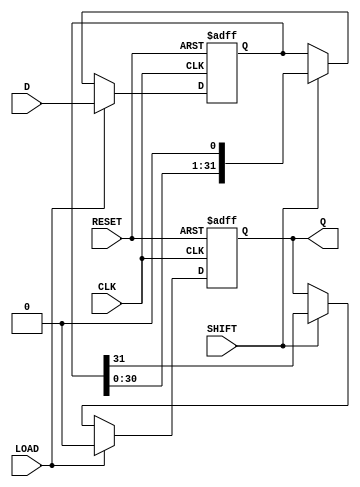
module PISO_Register (
    input wire [31:0] D,      // 32-bit data input
    input wire LOAD,          // Load control signal
    input wire SHIFT,         // Shift control signal
    input wire CLK,           // Clock signal
    input wire RESET,         // Asynchronous reset signal
    output reg Q              // Serial output
);

    reg [31:0] shift_reg;     // Shift register to hold the data

    always @(posedge CLK or posedge RESET) begin
        if (RESET) begin
            // Asynchronous reset
            shift_reg <= 32'b0; // Clear the register
            Q <= 1'b0;          // Initialize Q to 0
        end else if (LOAD) begin
            // Load data into the shift register
            shift_reg <= D;     // Load the data
            Q <= 1'b0;          // Initialize Q to 0 (not shifting)
        end else if (SHIFT) begin
            // Shift data out serially
            Q <= shift_reg[31]; // Output the MSB
            shift_reg <= {shift_reg[30:0], 1'b0}; // Shift right
        end
    end

    // Ensure Q holds the last output value when not shifting
    always @* begin
        if (!SHIFT) begin
            Q = Q; // Hold the last value of Q
        end
    end

endmodule